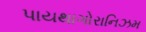
પાયથાગોરાનિઝમ